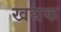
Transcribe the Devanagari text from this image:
खद्यक